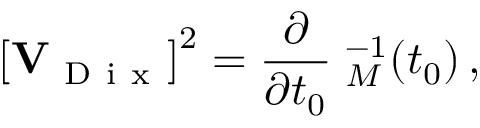
\left[ { \bf V } _ { \mathrm { ~ D ~ i ~ x ~ } } \right] ^ { 2 } = \frac { \partial } { \partial t _ { 0 } } { \bf \Gamma } _ { M } ^ { - 1 } ( t _ { 0 } ) \, ,